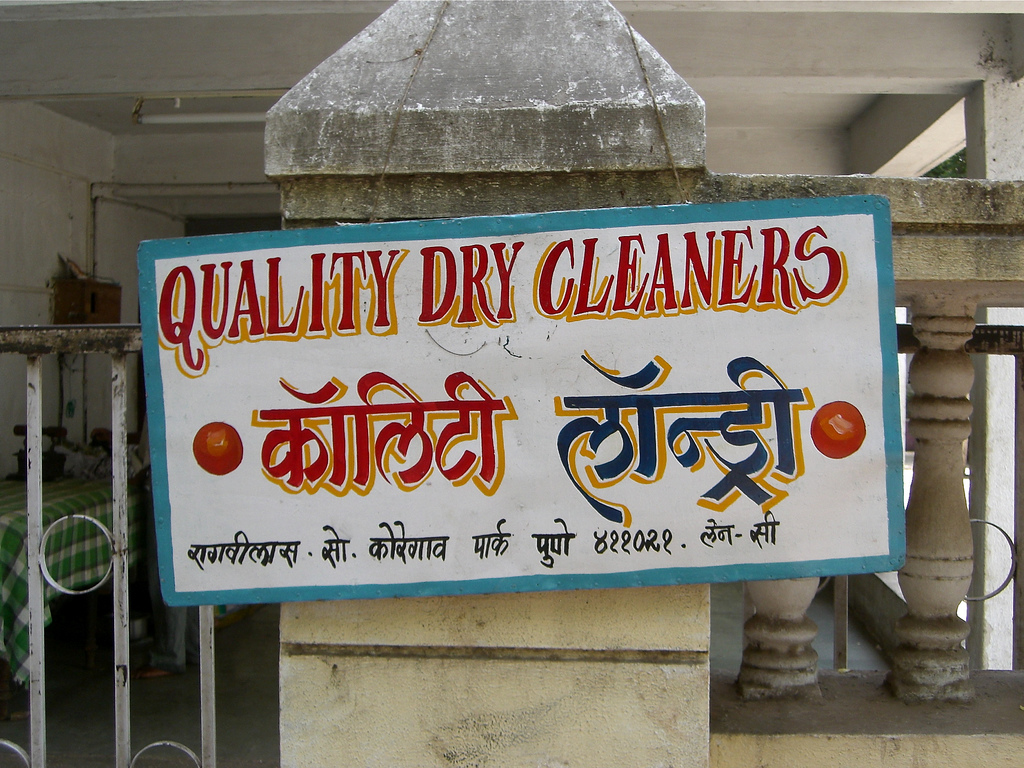
Language: hindi
Transcription: लॉन्ड्री सो. कोरेगोव पार्क कॉलिटी रागवीलास पुणे ४११०२१ सी लेन-